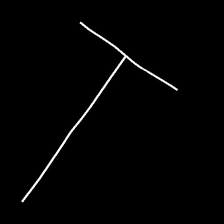
Glyph: column